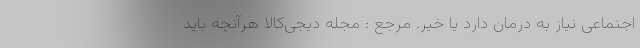
اجتماعی نیاز به درمان دارد یا خیر. مرجع : مجله دیجی‌کالا هرآنچه باید